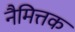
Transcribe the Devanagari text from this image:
नैमित्तक